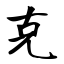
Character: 克